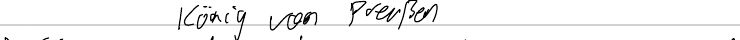
König von Preußen